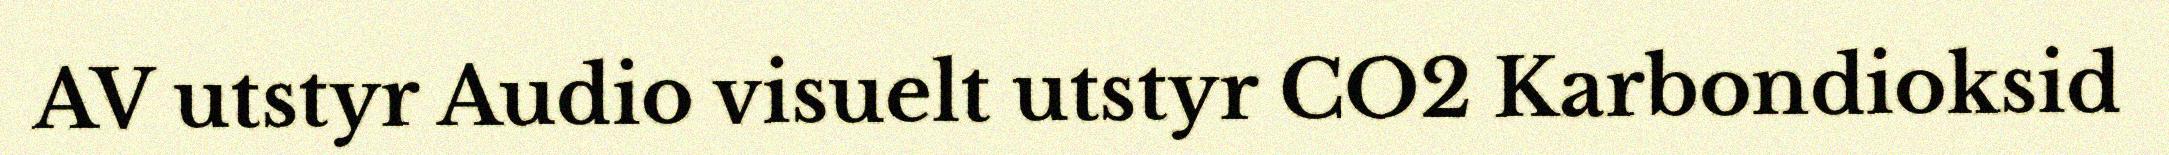
AV utstyr Audio visuelt utstyr CO2 Karbondioksid